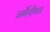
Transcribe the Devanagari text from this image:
अर्मेनीयन